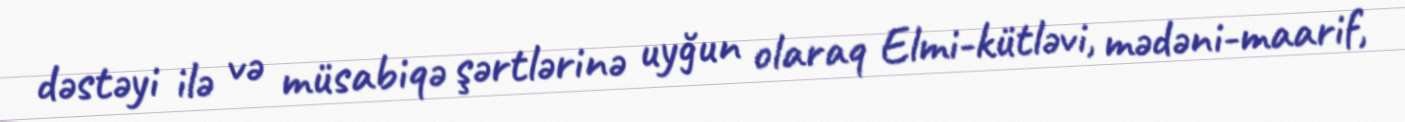
dəstəyi ilə və müsabiqə şərtlərinə uyğun olaraq Elmi-kütləvi, mədəni-maarif,